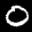
Label: 0